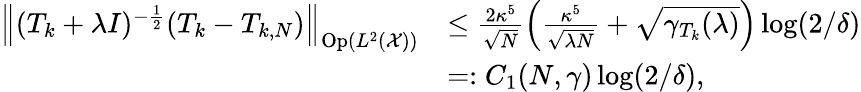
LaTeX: \begin{array}{rl}{\left\lVert(T_{k}+\lambda I)^{-\frac 12}(T_{k}-T_{k,N})\right\rVert_{\mathrm{Op}(L^{2}(\mathcal{X}))}}&{\le\frac{2\kappa^{5}}{\sqrt{N}}\left(\frac{\kappa^{5}}{\sqrt{\lambda N}}+\sqrt{\gamma_{T_{k}}(\lambda)}\right)\log(2/\delta)}\\ &{=:C_{1}(N,\gamma)\log(2/\delta),}\end{array}